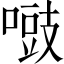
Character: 𠽑